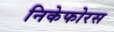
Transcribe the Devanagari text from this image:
निकेफोरस